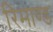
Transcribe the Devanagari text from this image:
रिमाण्ड